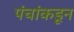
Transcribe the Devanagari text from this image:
पंचांकडून